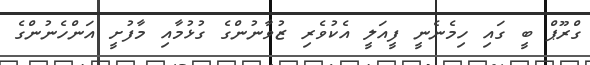
ގްރޫޕް ބީ ގައި ހިމެނެނީ ފީއަލީ އެކުވެރި ޒުވާނުންގެ ގުޅުމާއި މާފުށީ އަންހެނުންގެ